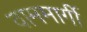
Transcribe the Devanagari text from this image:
वाममार्गी